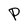
Character: P